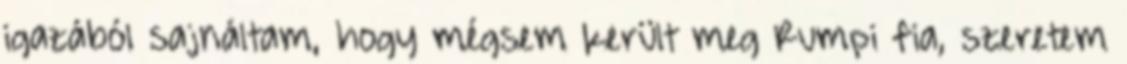
igazából sajnáltam, hogy mégsem került meg Rumpi fia, szeretem